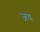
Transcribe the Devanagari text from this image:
जयः